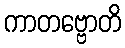
ကာတဗ္ဗောတိ